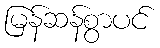
မြန်ဆန်စွာပင်